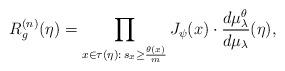
LaTeX: \begin{align*} R_g^{(n)}(\eta)= \prod_{x\in\tau(\eta):\, s_x\ge\frac{\theta(x)}m}J_\psi(x)\cdot\frac{d\mu_\lambda^\theta}{d\mu_\lambda}(\eta),\end{align*}